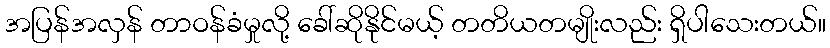
အပြန်အလှန် တာဝန်ခံမှုလို့ ခေါ်ဆိုနိုင်မယ့် တတိယတမျိုးလည်း ရှိပါသေးတယ်။